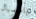
بالحسبان